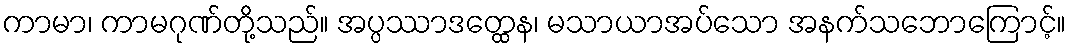
ကာမာ၊ ကာမဂုဏ်တို့သည်။ အပ္ပဿာဒတ္ထေန၊ မသာယာအပ်သော အနက်သဘောကြောင့်။